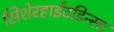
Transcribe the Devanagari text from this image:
सिशेरहाईटडिन्स्ट